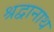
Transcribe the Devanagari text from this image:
श्रद्वानाथ